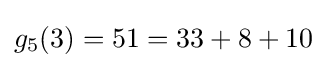
g_{5}(3)=51=33+8+10